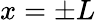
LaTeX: x=\pm L